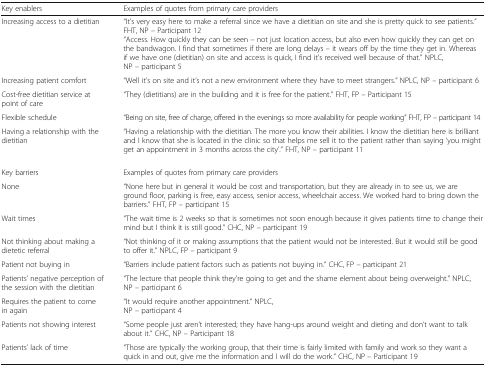
| Key enablers | Examples of quotes from primary care providers |
 | --- | --- |
 | Increasing access to a dietitian | “It’s very easy here to make a referral since we have a dietitian on site and she is pretty quick to see patients.” FHT, NP – Participant 12“Access. How quickly they can be seen – not just location access, but also even how quickly they can get on the bandwagon. I find that sometimes if there are long delays – it wears off by the time they get in. Whereas if we have one (dietitian) on site and access is quick, I find it’s received well because of that.” NPLC, NP – participant 5 |
 | Increasing patient comfort | “Well it’s on site and it’s not a new environment where they have to meet strangers.” NPLC, NP – participant 6 |
 | Cost-free dietitian service at point of care | “They (dietitians) are in the building and it is free for the patient.” FHT, FP – Participant 15 |
 | Flexible schedule | “Being on site, free of charge, offered in the evenings so more availability for people working” FHT, FP – participant 14 |
 | Having a relationship with the dietitian | “Having a relationship with the dietitian. The more you know their abilities. I know the dietitian here is brilliant and I know that she is located in the clinic so that helps me sell it to the patient rather than saying ‘you might get an appointment in 3 months across the city’.” FHT, NP – participant 11 |
 | Key barriers | Examples of quotes from primary care providers |
 | None | “None here but in general it would be cost and transportation, but they are already in to see us, we are ground floor, parking is free, easy access, senior access, wheelchair access. We worked hard to bring down the barriers.” FHT, FP – participant 15 |
 | Wait times | “The wait time is 2 weeks so that is sometimes not soon enough because it gives patients time to change their mind but I think it is still good.” CHC, NP – participant 19 |
 | Not thinking about making a dietetic referral | “Not thinking of it or making assumptions that the patient would not be interested. But it would still be good to offer it.” NPLC, FP – participant 9 |
 | Patient not buying in | “Barriers include patient factors such as patients not buying in.” CHC, FP – participant 21 |
 | Patients’ negative perception of the session with the dietitian | “The lecture that people think they’re going to get and the shame element about being overweight.” NPLC, NP – participant 6 |
 | Requires the patient to come in again | “It would require another appointment.” NPLC, NP – participant 4 |
 | Patients not showing interest | “Some people just aren’t interested; they have hang-ups around weight and dieting and don’t want to talk about it.” CHC, NP – Participant 18 |
 | Patients’ lack of time | “Those are typically the working group, that their time is fairly limited with family and work so they want a quick in and out, give me the information and I will do the work.” CHC, NP – Participant 19 |